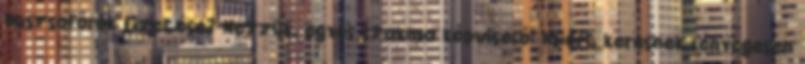
buszsofőrök fizetése? Nézzük, egyes szakma képviselői miért keresnek lényegesen